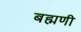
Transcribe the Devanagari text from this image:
बह्मणी